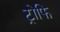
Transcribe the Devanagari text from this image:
ट्रोफि